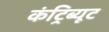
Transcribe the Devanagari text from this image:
कंट्रिब्यूट